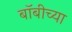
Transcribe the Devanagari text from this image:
बॉबीच्या